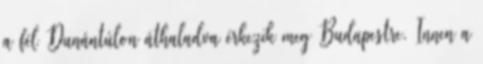
a fél Dunántúlon áthaladva érkezik meg Budapestre. Innen a